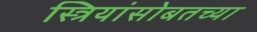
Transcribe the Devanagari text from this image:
स्त्रियांसोबतच्या